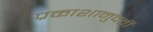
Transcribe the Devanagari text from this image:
प्रकाशानुवर्ती